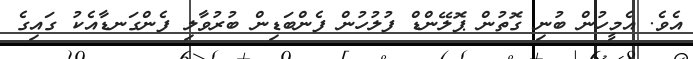
އެވެ. އެމީހުން ބުނި ގޮތުން ޕޮލޭންޑް ފުލުހުން ފެންބަޑިން ބުރުވާލި ފެންގަނޑާއެކު ގައިގެ